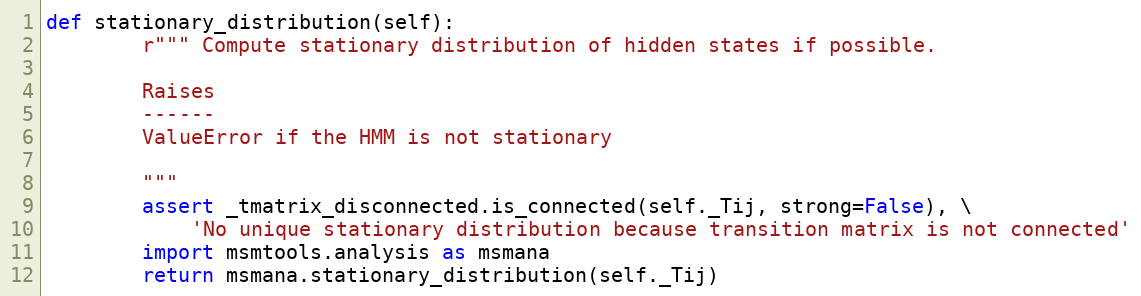
Language: Python
def stationary_distribution(self):
        r""" Compute stationary distribution of hidden states if possible.

        Raises
        ------
        ValueError if the HMM is not stationary

        """
        assert _tmatrix_disconnected.is_connected(self._Tij, strong=False), \
            'No unique stationary distribution because transition matrix is not connected'
        import msmtools.analysis as msmana
        return msmana.stationary_distribution(self._Tij)